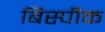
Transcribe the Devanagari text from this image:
बिस्पीक